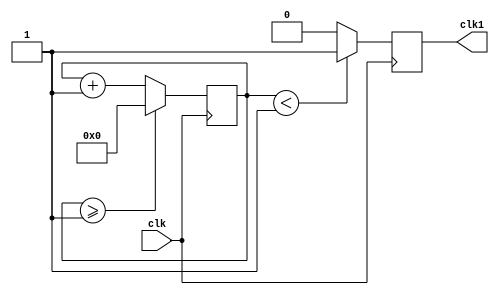
module divisorClock(clk, clk1);
	input clk;
	output reg clk1;
	
	reg [27:0] counter = 28'd0;
	
	parameter f_divisor = 28'd2;
	
	always @(posedge clk)
		begin
			counter <= counter + 28'd1;
			if(counter>=(f_divisor-1))
				counter <= 28'd0;
			clk1 <= (counter<f_divisor/2)?1'b1:1'b0;
		end
	
endmodule